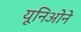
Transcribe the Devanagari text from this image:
यूनिओने